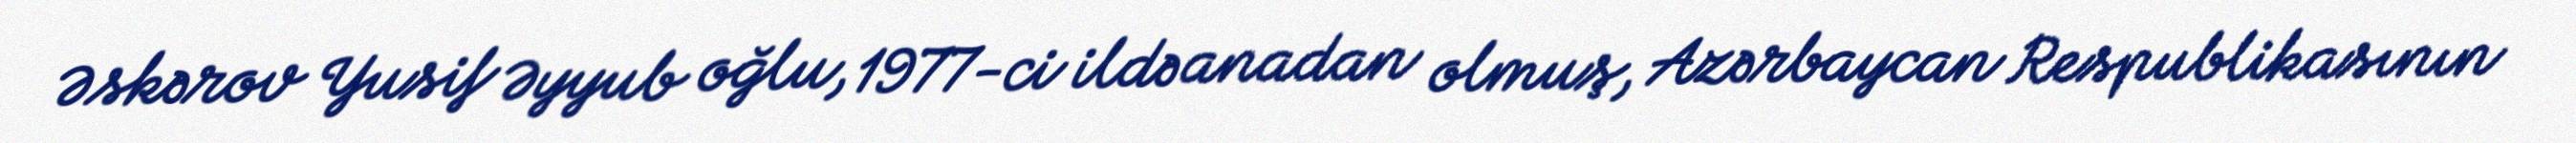
Əskərov Yusif Əyyub oğlu, 1977-ci ildə anadan olmuş, Azərbaycan Respublikasının